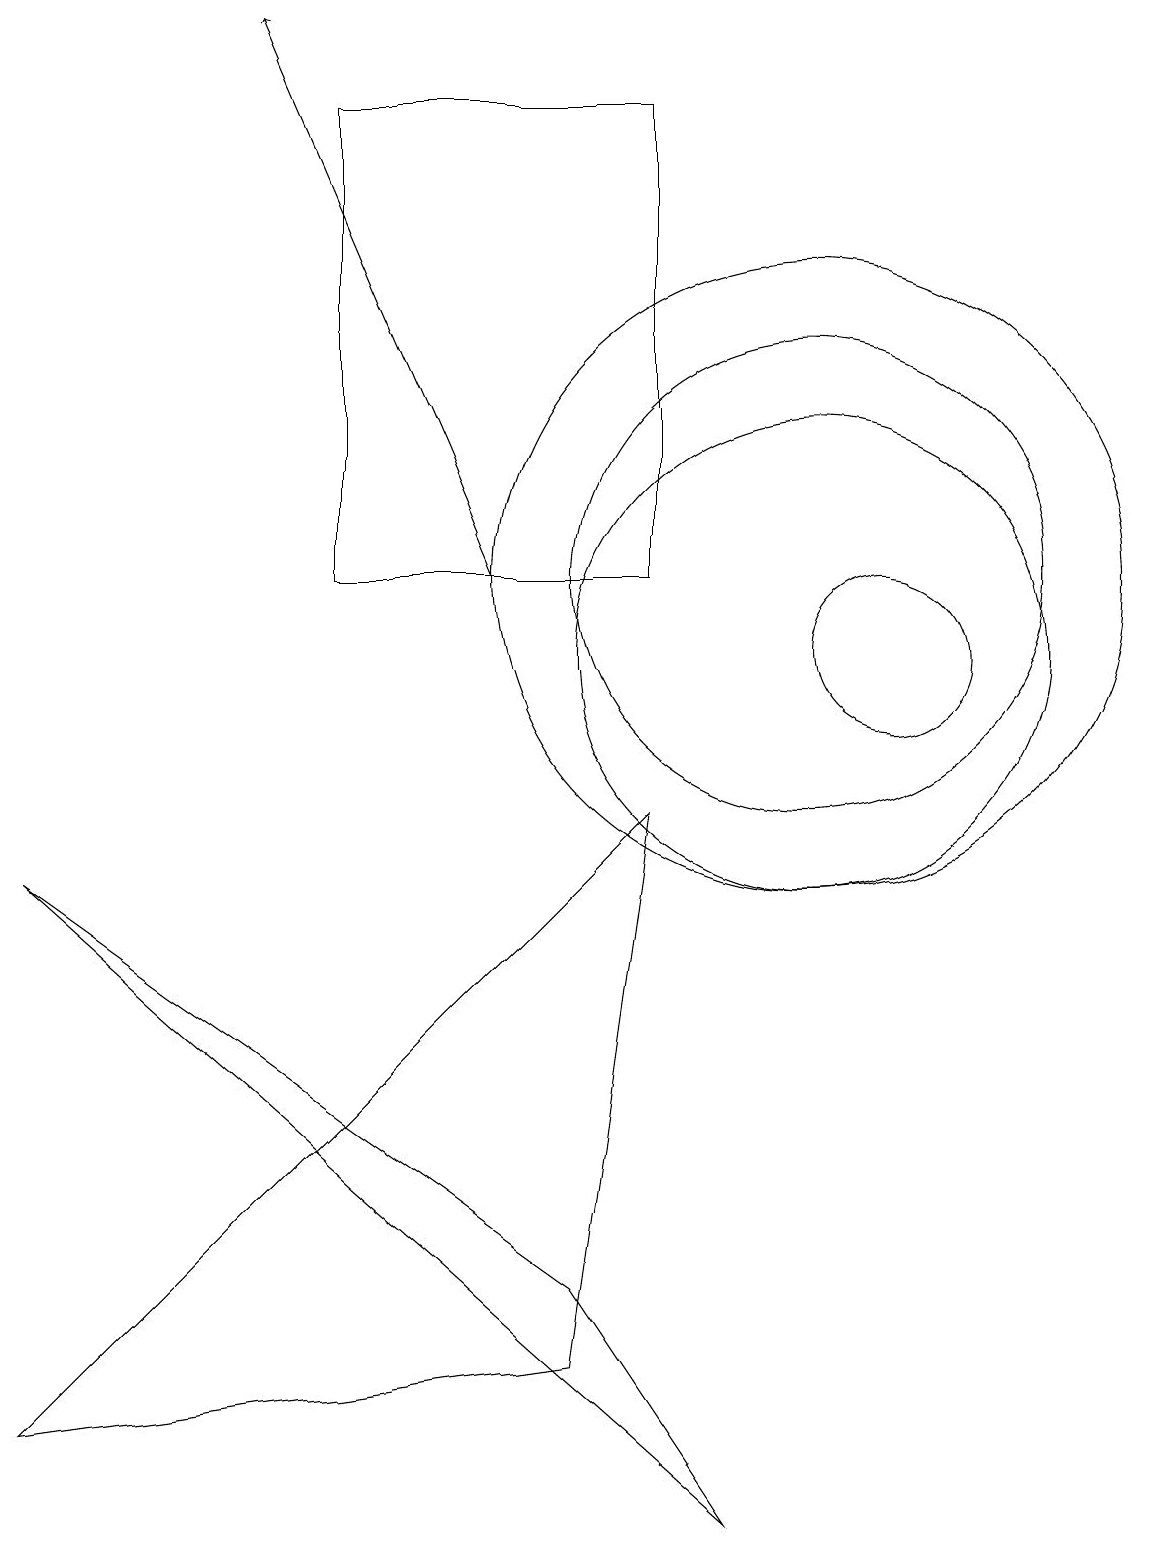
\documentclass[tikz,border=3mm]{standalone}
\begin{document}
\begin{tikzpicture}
\draw (10,12) circle (4);
\draw (8,9) -- (0,1) -- (7,2) -- cycle;
\draw (11,11) circle (1);
\draw[->] (6,12) -- (3,19);
\draw (10,12) circle (3);
\draw (10,11) circle (3);
\draw (8,12) rectangle (4,18);
\draw (0,8) -- (7,3) -- (9,0) -- cycle;
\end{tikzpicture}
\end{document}